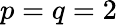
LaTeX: p=q=2